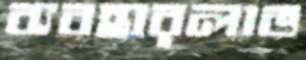
ব্যবহারলাভ